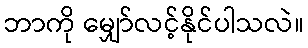
ဘာကို မျှော်လင့်နိုင်ပါသလဲ။